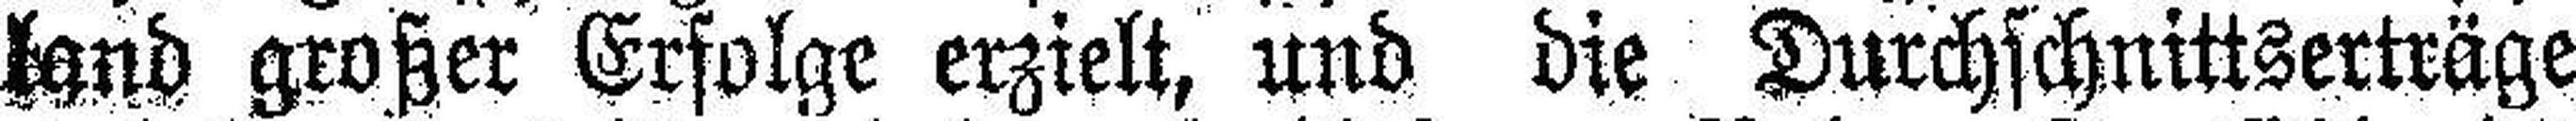
land großer Erfolge erzielt, und die Durchschnittserträge